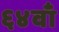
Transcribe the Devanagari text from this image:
६४वाँ